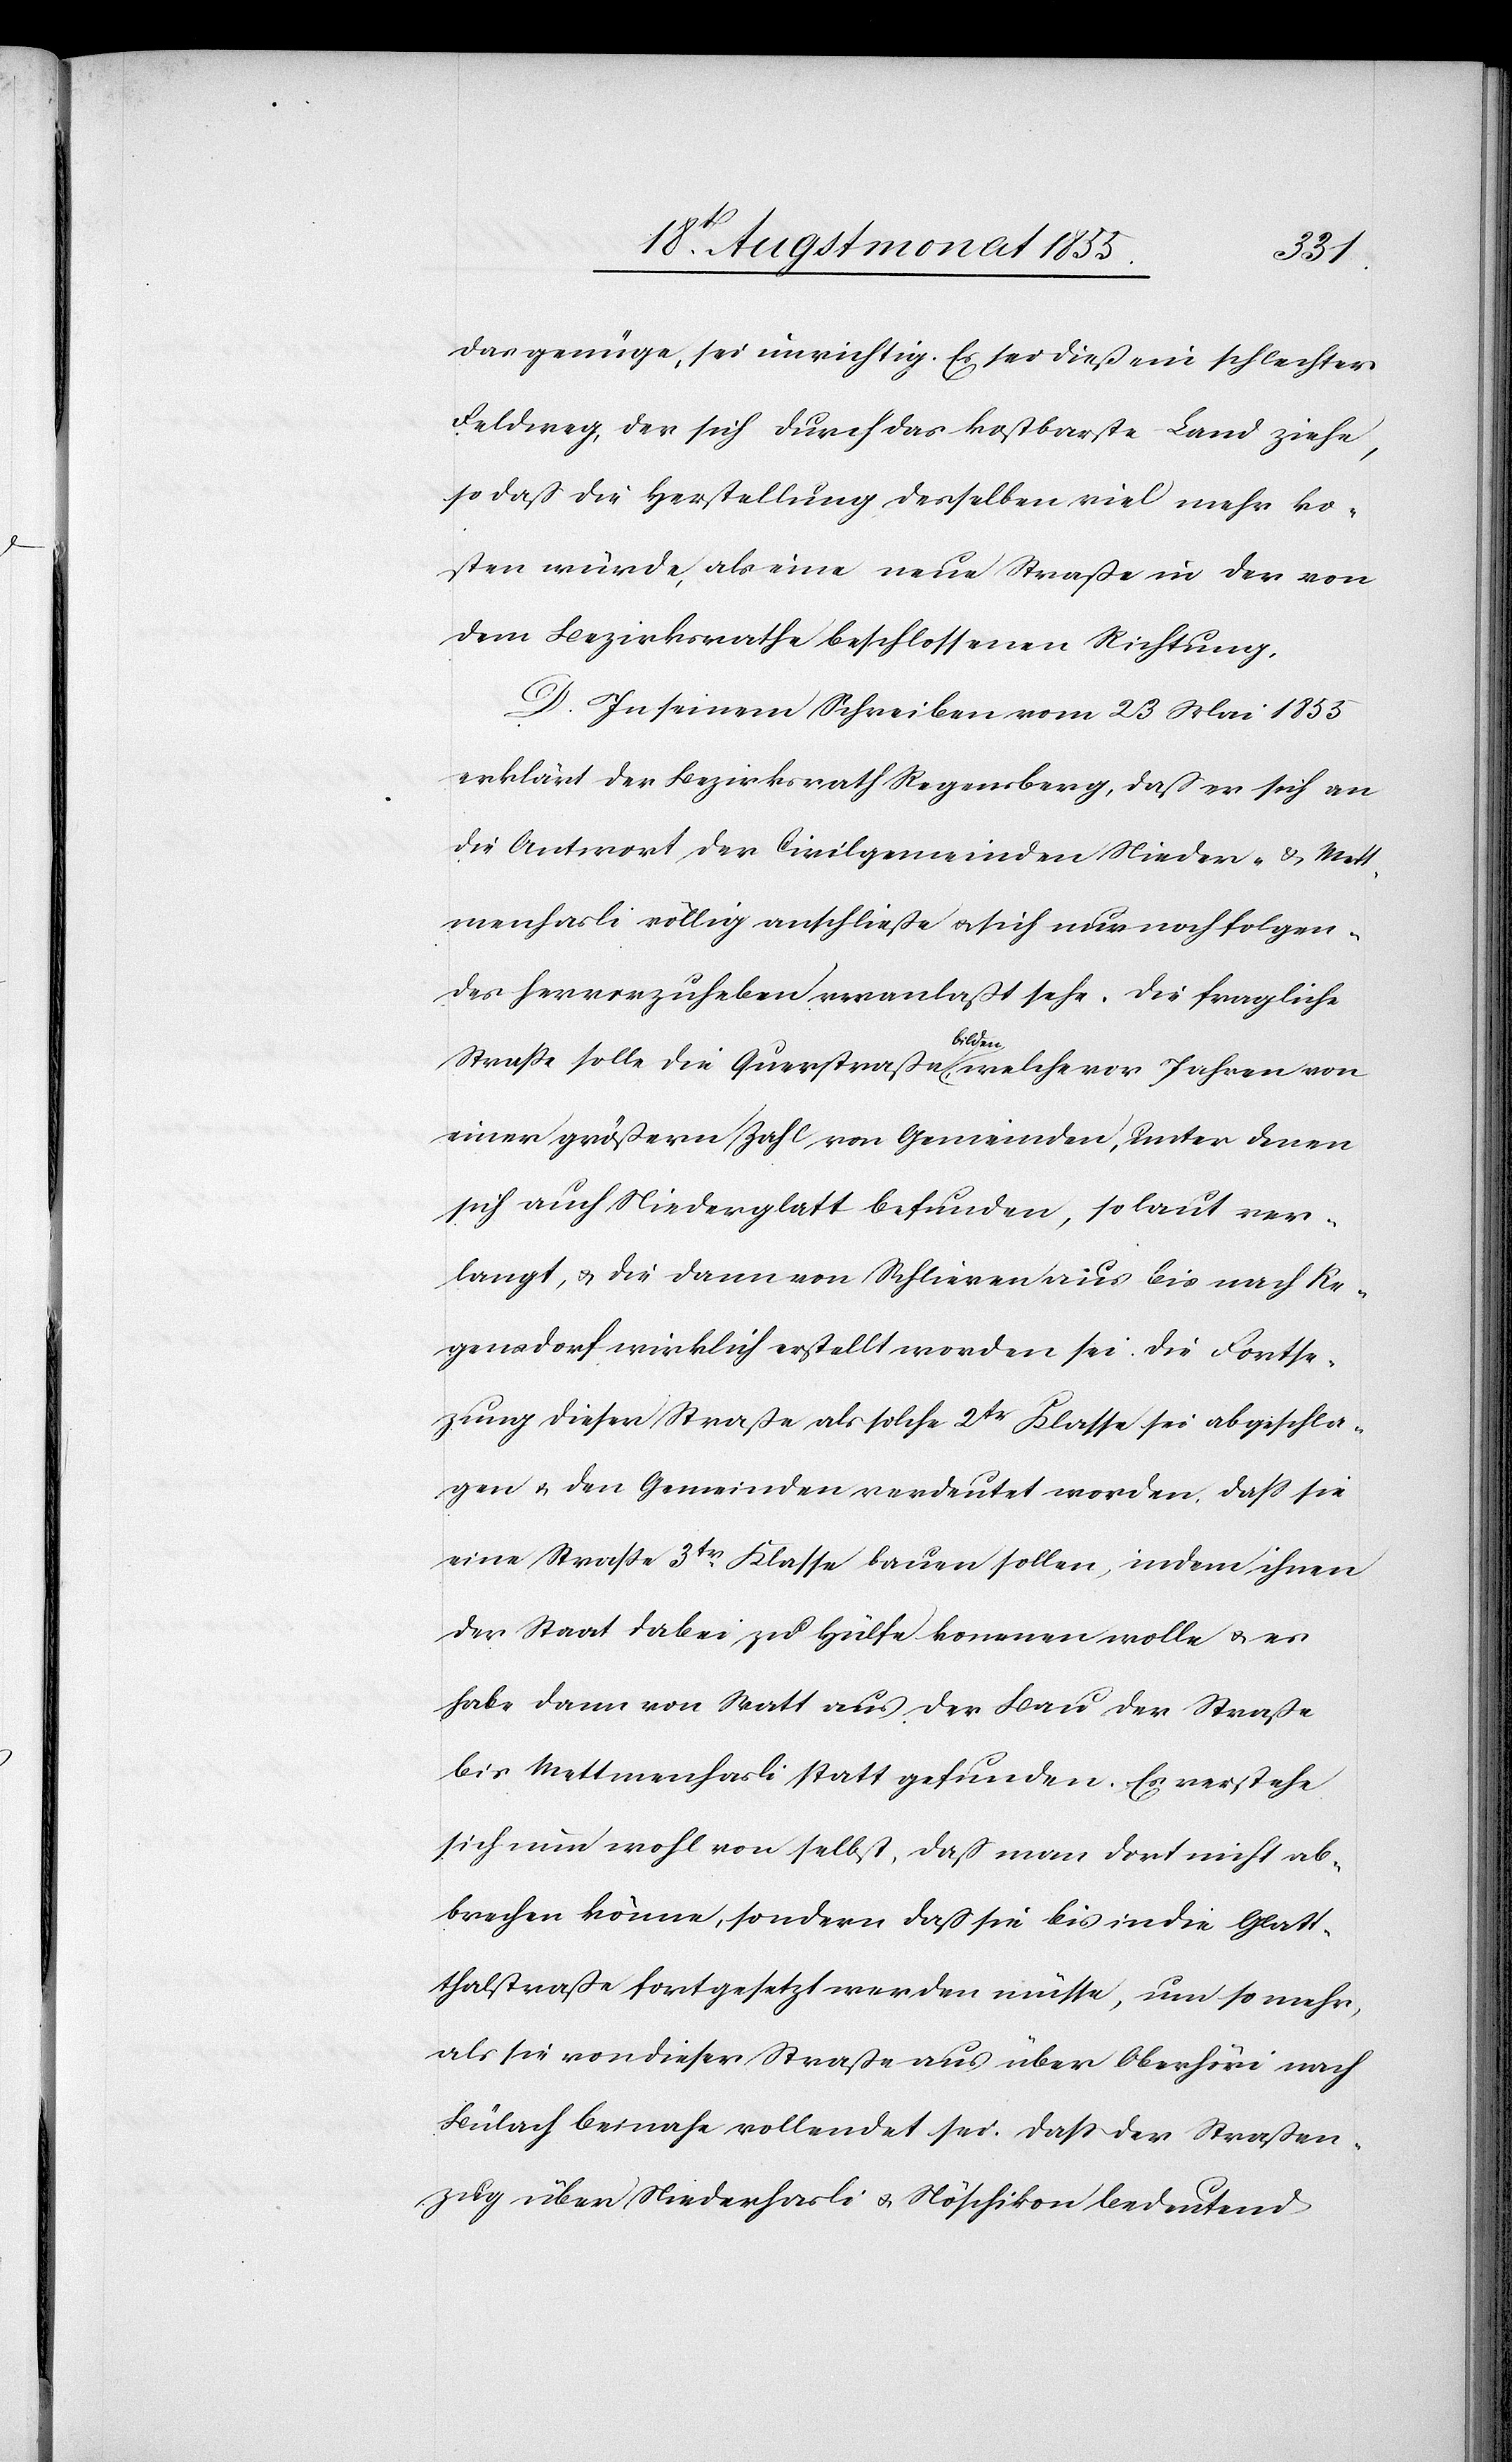
das genüge, sei unrichtig. Es sei dieß ein schlechter
Feldweg, der sich durch das kostbarste Land ziehe,
so daß die Herstellung desselben viel mehr ko¬
sten würde, als eine neue Straße in der von
dem Bezirksrathe beschlossenen Richtung.
D. In seinem Schreiben vom 23 Mai 1855
erklärt der Bezirksrath Regensberg, daß er sich an
die Antwort der Civilgemeinden Nieder- & Mett¬
menhasli völlig anschließe & sich nur noch folgen¬
des hervorzuheben veranlaßt sehe. Die fragliche
Straße solle die Querstraße bilden, welche vor Jahren von
einer größern Zahl von Gemeinden, unter denen
sich auch Niederglatt befunden, so laut ver¬
langt, & die dann von Schlieren aus bis nach Re¬
gensdorf wirklich erstellt worden sei. Die Fortse¬
zung dieser Straße als solche 2tr Klasse sei abgeschla¬
gen & den Gemeinden verdeutet worden, dass sie
eine Straße 3tr. Klasse bauen sollen, indem ihnen
der Staat dabei zu Hülfe kommen wolle & es
habe dann von Watt aus der Bau der Straße
bis Mettmenhasli statt gefunden. Es verstehe
sich nun wohl von selbst, daß man dort nicht ab¬
brechen könne, sondern daß sie bis in die Glatt¬
thalstraße fortgesetzt werden müsse, um so mehr,
als sie von dieser Straße aus über Oberhöri nach
Bülach beinahe vollendet sei. Dass der Straßen¬
zug über Niederhasli & Nöschikon bedeutend